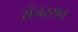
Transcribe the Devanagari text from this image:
रॉजरसन